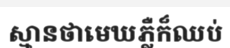
ស្មានថាមេឃភ្លឺក៏ឈប់